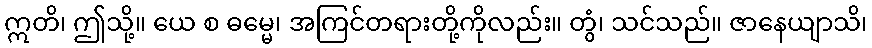
ဣတိ၊ ဤသို့။ ယေ စ ဓမ္မေ၊ အကြင်တရားတို့ကိုလည်း။ တွံ၊ သင်သည်။ ဇာနေယျာသိ၊